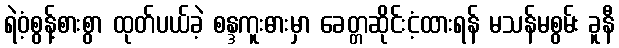
ရဲဝံ့စွန့်စားစွာ ထုတ်ပယ်ခဲ့ စန္ဒကူးဓားမှာ ခေတ္တဆိုင်းငံ့ထားရန် မသန်မစွမ်း ခူနီ